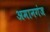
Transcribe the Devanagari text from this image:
अमानगंज